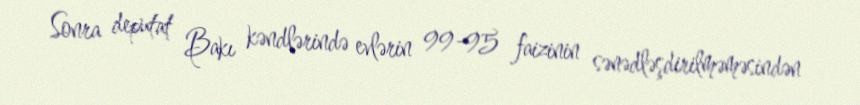
Sonra deputat Bakı kəndlərində evlərin 99-95 faizinin sənədləşdirilməməsindən